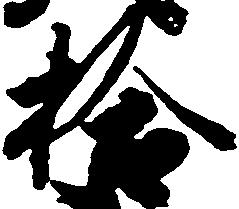
拾